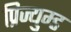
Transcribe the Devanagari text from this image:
प्रिज्युम्ड